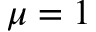
\mu = 1